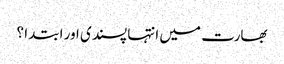
بھارت میں انتہا پسندی اور ابتدا ؟